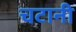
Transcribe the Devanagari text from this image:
चटानी